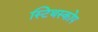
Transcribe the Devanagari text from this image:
स्टिथस्कोप